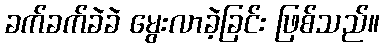
ခက်ခက်ခဲခဲ မွေးလာခဲ့ခြင်း ဖြစ်သည်။